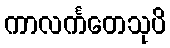
ကာလင်္ကတေသုပိ